Report on vaccination in Madras 1895-1903 - 1895-1903
Year: 1895
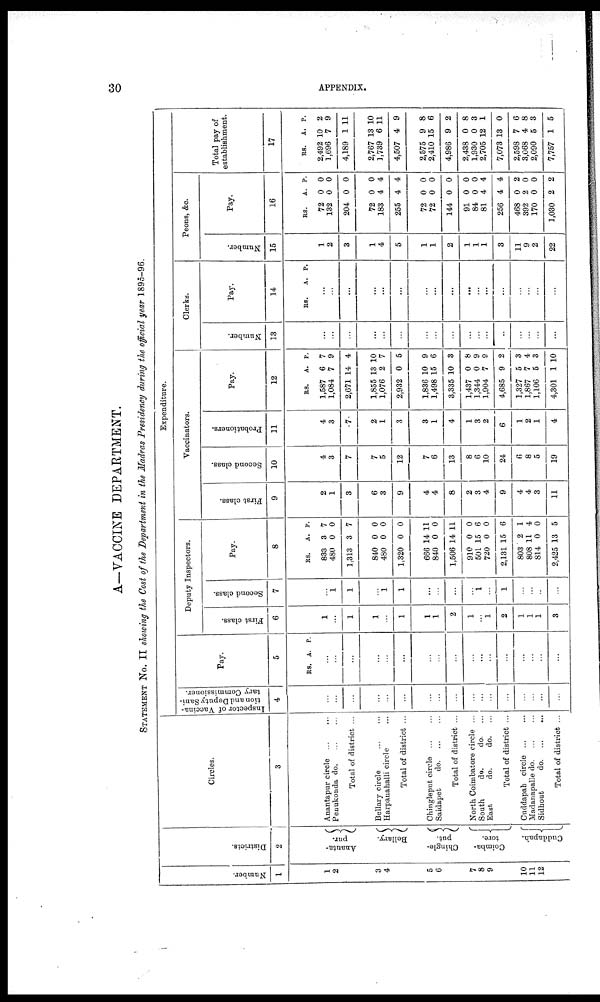
30
APPENDIX.
A—VACCINE DEPARTMENT.
STATEMENT NO. II showing the Cost of the Department in the Madras Presidency during the official year 1895-96.
Number.
1
1
2
3
4
5
6
7
8
9
10
11
12
Districts.
2
Ananta¬
pur.
Bellary.
Chingle-
put.
Coimba-
tore.
Guddapah.
Circles.
3
Anantapur circle ... ...
Penukonda do. ... ...
Total of district ...
Bellary circle
...
...
Harpanahalli circle ...
Total of district ...
Chingleput circle ... ...
Saidapet
do. ... ...
Total of district ...
North Coimbatore circle ...
South
do.
do. ...
East
do.
do. ...
Total of district ...
Guddapah circle ... ...
Madanapalle do. ... ...
Sidhout
do. ... ...
Total of district ...
Expenditure.
Inspector of Vaccina-
tion and Deputy Sani-
tary Commissioner.
4
...
...
...
...
...
...
...
...
...
...
...
...
...
...
...
...
...
Pay.
5
RS. A. P.
...
...
...
...
...
...
...
...
...
...
...
...
...
...
...
...
...
Deputy Inspectors.
First class.
6
1
...
1
1
...
1
1
1
2
1
...
1
2
1
1
1
3
Second class.
7
...
1
1
...
1
1
...
...
...
...
1
...
1
...
...
...
...
Pay.
8
RS.
833
480
1,313
840
480
1,320
666
840
1,506
910
501
720
2,131
803
808
814
2,425
A.
3
0
3
0
0
0
14
0
14
0
15
0
15
2
11
0
13
P.
7
0
7
0
0
0
11
0
11
0
6
0
6
1
4
0
5
Vaccinators.
First class.
9
2
1
3
6
3
9
4
4
8
2
3
4
9
4
4
3
11
Second class.
10
4
3
7
7
5
12
7
6
13
8
6
10
24
6
8
5
19
Probationers.
11
4
3
7
2
1
3
3
1
4
1
3
2
6
1
2
1
4
Pay.
12
RS.
1,587
1,084
2,671
1,855
1,076
2,932
1,836
1,498
3,335
1,487
1,344
1,904
4,685
1,327
1,867
1,106
4,301
A.
6
7
14
13
2
0
10
15
10
0
0
7
9
5
7
5
1
P.
7
9
4
10
7
5
9
6
3
8
9
9
2
3
4
3
10
Clerks.
Number.
13
...
...
...
...
...
...
...
...
...
...
...
...
...
...
...
...
...
Pay.
14
RS. A. P.
...
...
...
...
...
...
...
...
...
...
...
...
...
...
...
...
...
Peons, &c.
Number.
15
1
2
3
1
4
5
1
1
2
1
1
1
3
11
9
2
22
Pay.
16
RS.
72
132
204
72
183
255
72
72
144
91
84
81
256
468
392
170
1,030
A.
0
0
0
0
4
4
0
0
0
0
0
4
4
0
2
0
2
P.
0
0
0
0
4
4
0
0
0
0
0
4
4
2
0
0
2
Total pay of
establishment.
17
RS.
2,492
1,696
4,189
2,767
1,739
4,507
2,575
2,410
4,986
2,438
1,930
2,705
7,073
2,598
3,068
2,090
7,757
A.
10
7
1
13
6
4
9
15
9
0
0
12
13
7
4
5
1
P.
2
9
11
10
11
9
8
6
2
8
3
1
0
6
8
3
5